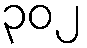
၃၀၂